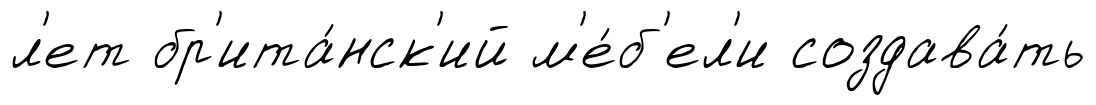
л'ет бр'ита́нск'ий м'е́б'ел'и создава́ть